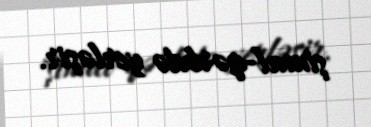
şimal-qərbdə yerləşir.